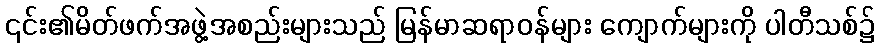
၎င်း၏မိတ်ဖက်အဖွဲ့အစည်းများသည် မြန်မာဆရာဝန်များ ကျောက်များကို ပါတီသစ်၌